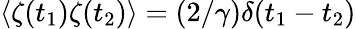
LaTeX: \langle\zeta(t_{1})\zeta(t_{2})\rangle=(2/\gamma)\delta(t_{1}-t_{2})